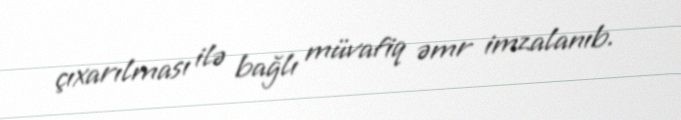
çıxarılması ilə bağlı müvafiq əmr imzalanıb.